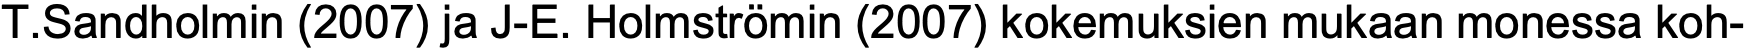
T.Sandholmin (2007) ja J-E. Holmströmin (2007) kokemuksien mukaan monessa koh-